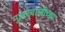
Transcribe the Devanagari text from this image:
मुरारबाजीच्या